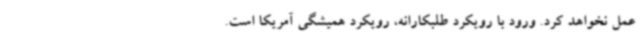
عمل نخواهد کرد. ورود با رویکرد طلبکارانه، رویکرد همیشگی آمریکا است.